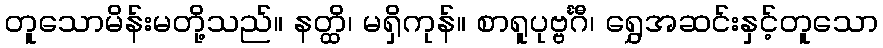
တူသောမိန်းမတို့သည်။ နတ္ထိ၊ မရှိကုန်။ စာရူပုဗ္ဗင်္ဂီ၊ ရွှေအဆင်းနှင့်တူသော